Lunatic asylums in Bengal annual reports 1912-1924 - 1912-1924
Year: 1912
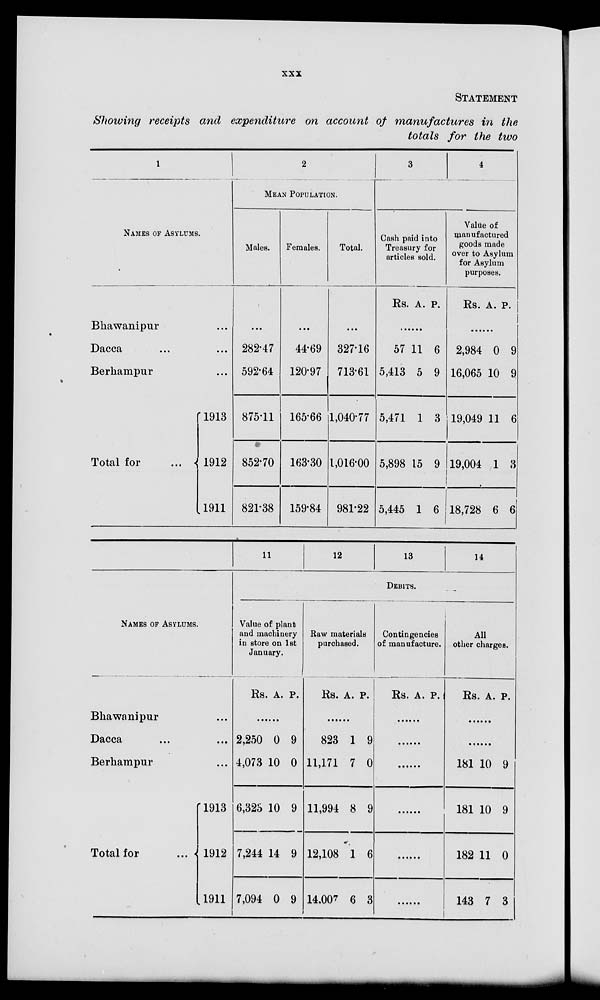
xxx
STATEMENT
Showing receipts and expenditure on account of manufactures in the
totals for the two
1
NAMES OF ASYLUMS.
Bhawanipur ...
Dacca
...
...
Berhampur ...
Total for
...
1913
1912
1911
2
MEAN POPULATION.
Males.
...
282.47
592.64
875.11
852.70
821.38
Females.
...
44.69
120.97
165.66
163.30
159.84
Total.
...
327.16
713.61
1,040.77
1,016.00
981.22
3
4
Cash paid into
Treasury for
articles sold.
Rs. A. P.
......
57
5,413
5,471
5,898
5,445
11
5
1
15
1
6
9
3
9
6
Value of
manufactured
goods made
over to Asylum
for Asylum
purposes.
Rs. A. P.
......
2,984
16,065
19,049
19,004
18,728
0
10
11
1
6
9
9
6
3
6
NAMES OF ASYLUMS.
Bhawanipur ...
Dacca
...
...
Berhampur ...
Total for
...
1913
1912
1911
11
12
13
14
DEBITS.
Value of plant
and machinery
in store on 1st
January.
Rs. A. P.
......
2,250
4,073
6,323
7,244
7,094
0
10
10
14
0
9
0
9
9
9
Raw materials
purchased.
Rs. A. P.
......
823
11,171
11,994
12,108
14,007
1
7
8
1
6
9
0
9
6
3
Contingencies
of manufacture.
Rs. A. P.
......
......
......
......
......
......
All
other charges.
Rs. A. P.
......
......
181
181
182
143
10
10
11
7
9
9
0
3